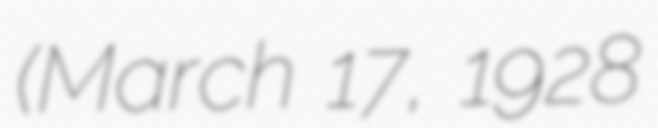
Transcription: (March 17, 1928